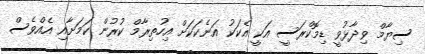
ސިޔާމް ވިދާޅުވީ ޑިމޮކްރަސީ އަކީ އެކަކު އަނެކަކަށް އިހުތިރާމް ކުރުން ކަމަށާއި އެއްވެސް